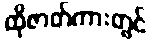
ထိုဇာတ်ကားတွင်